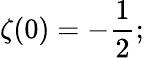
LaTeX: \zeta(0)=-{\frac{1}{2}};